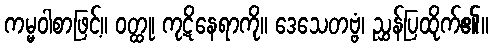
ကမ္မဝါစာဖြင့်။ ဝတ္ထု၊ ကုဋိနေရာကို။ ဒေသေတဗ္ဗံ၊ ညွှန်ပြထိုက်၏။